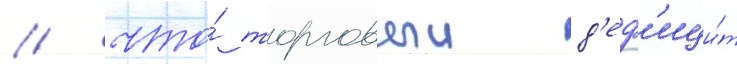
/ что́ торговыи д'еф'ици́т